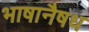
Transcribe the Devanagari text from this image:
भाषानैषध